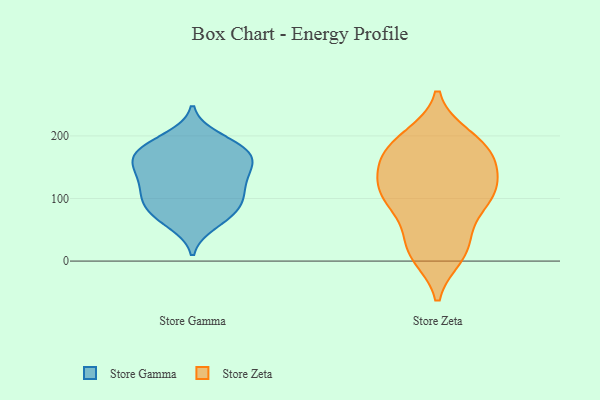
{"axis": {"x": "Latency (ms)", "y": "Value"}, "legend": ["Store Gamma", "Store Zeta"], "data": [{"x": "", "y": 176, "type": "Store Gamma"}, {"x": "", "y": 165, "type": "Store Gamma"}, {"x": "", "y": 127, "type": "Store Gamma"}, {"x": "", "y": 182, "type": "Store Gamma"}, {"x": "", "y": 116, "type": "Store Gamma"}, {"x": "", "y": 158, "type": "Store Gamma"}, {"x": "", "y": 107, "type": "Store Gamma"}, {"x": "", "y": 89, "type": "Store Gamma"}, {"x": "", "y": 148, "type": "Store Gamma"}, {"x": "", "y": 186, "type": "Store Gamma"}, {"x": "", "y": 170, "type": "Store Gamma"}, {"x": "", "y": 60, "type": "Store Gamma"}, {"x": "", "y": 90, "type": "Store Gamma"}, {"x": "", "y": 136, "type": "Store Gamma"}, {"x": "", "y": 74, "type": "Store Gamma"}, {"x": "", "y": 104, "type": "Store Gamma"}, {"x": "", "y": 150, "type": "Store Gamma"}, {"x": "", "y": 197, "type": "Store Gamma"}, {"x": "", "y": 70, "type": "Store Gamma"}, {"x": "", "y": 106, "type": "Store Zeta"}, {"x": "", "y": 166, "type": "Store Zeta"}, {"x": "", "y": 25, "type": "Store Zeta"}, {"x": "", "y": 185, "type": "Store Zeta"}, {"x": "", "y": 18, "type": "Store Zeta"}, {"x": "", "y": 124, "type": "Store Zeta"}, {"x": "", "y": 193, "type": "Store Zeta"}, {"x": "", "y": 176, "type": "Store Zeta"}, {"x": "", "y": 20, "type": "Store Zeta"}, {"x": "", "y": 130, "type": "Store Zeta"}, {"x": "", "y": 117, "type": "Store Zeta"}, {"x": "", "y": 164, "type": "Store Zeta"}, {"x": "", "y": 198, "type": "Store Zeta"}, {"x": "", "y": 104, "type": "Store Zeta"}, {"x": "", "y": 92, "type": "Store Zeta"}, {"x": "", "y": 100, "type": "Store Zeta"}, {"x": "", "y": 73, "type": "Store Zeta"}, {"x": "", "y": 10, "type": "Store Zeta"}, {"x": "", "y": 159, "type": "Store Zeta"}]}